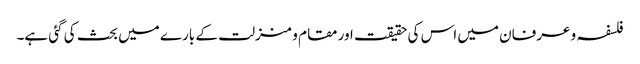
فلسفہ و عرفان میں اس کی حقیقت اور مقام و منزلت کے بارے میں بحث کی گئی ہے۔